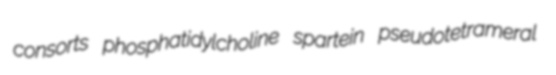
consorts phosphatidylcholine spartein pseudotetrameral